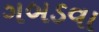
ગબડવા